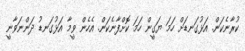
ކުރާނެކަން. އަޅުގަނޑަށް ހަމަ ޔަގީން ހަމަ ކޮށްފާނެކަން. އެހެން ވީމާ އަޅުގަނޑު ދަންނަވާނީ